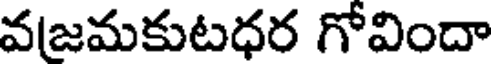
వజమకుటధర గోవిందా